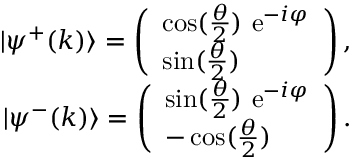
\begin{array} { r l r } & { } & { | \psi ^ { + } ( k ) \rangle = \left( \begin{array} { l } { \cos ( \frac { \theta } { 2 } ) ~ \mathrm { e } ^ { - i \varphi } } \\ { \sin ( \frac { \theta } { 2 } ) } \end{array} \right) , ~ ~ } \\ & { } & { | \psi ^ { - } ( k ) \rangle = \left( \begin{array} { l } { \sin ( \frac { \theta } { 2 } ) ~ \mathrm { e } ^ { - i \varphi } } \\ { - \cos ( \frac { \theta } { 2 } ) } \end{array} \right) . ~ ~ } \end{array}